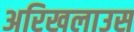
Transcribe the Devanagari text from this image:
अरिखलाउस